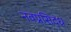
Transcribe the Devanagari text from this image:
नवप्रसिद्ध